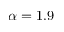
\alpha = 1 . 9